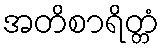
အတိစာရိတ္တံ